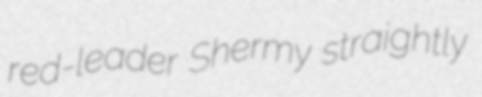
red-leader Shermy straightly